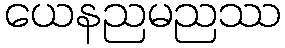
ယေနညမညဿ